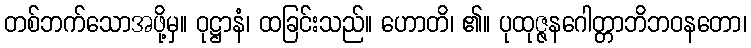
တစ်ဘက်သောအဖို့မှ။ ဝုဋ္ဌာနံ၊ ထခြင်းသည်။ ဟောတိ၊ ၏။ ပုထုဇ္ဇနဂေါတ္တာဘိဘဝနတော၊